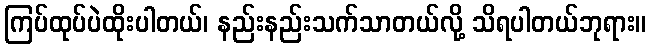
ကြပ်ထုပ်ပဲထိုးပါတယ်၊ နည်းနည်းသက်သာတယ်လို့ သိရပါတယ်ဘုရား။